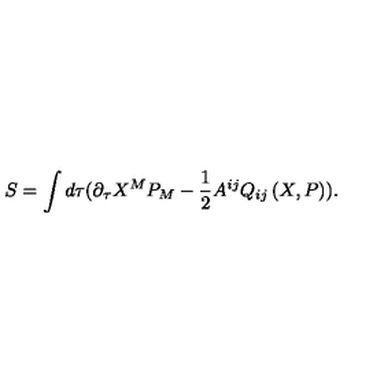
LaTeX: S = \int d \tau ( \partial _ { \tau } X ^ { M } P _ { M } - \frac { 1 } { 2 } A ^ { i j } Q _ { i j } \left( X , P \right) ) .